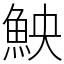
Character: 䱀